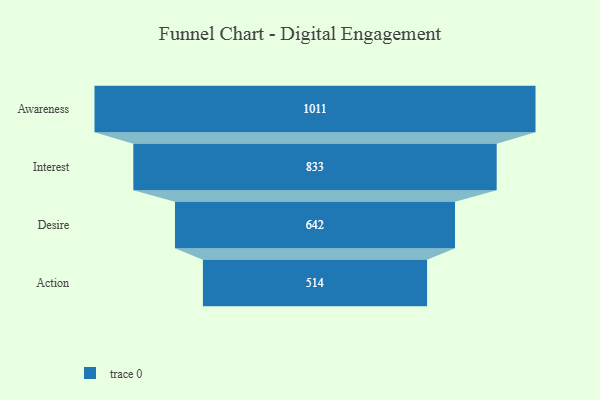
{"axis": {"x": "Stage", "y": "Value"}, "legend": [""], "data": [{"x": "Awareness", "y": 1011.0, "type": ""}, {"x": "Interest", "y": 833.0, "type": ""}, {"x": "Desire", "y": 642.0, "type": ""}, {"x": "Action", "y": 514.0, "type": ""}]}